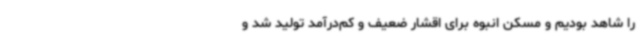
را شاهد بودیم و مسکن انبوه برای اقشار ضعیف و کم‌درآمد تولید شد و